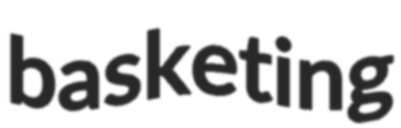
basketing